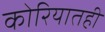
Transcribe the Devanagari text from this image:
कोरियातही